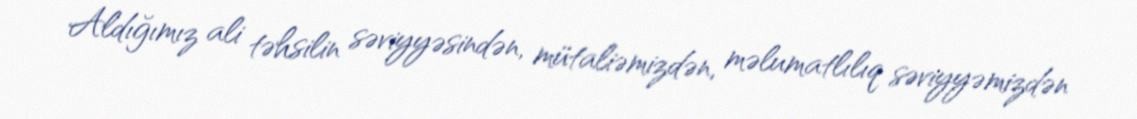
Aldığımız ali təhsilin səviyyəsindən, mütaliəmizdən, məlumatlılıq səviyyəmizdən